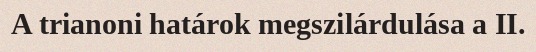
A trianoni határok megszilárdulása a II.